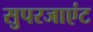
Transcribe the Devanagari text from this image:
सुपरजाएंट